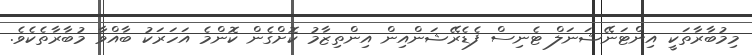
މިމުބާރާތަކީ އިންޓަނޭޝަނަލް ޓެނިސް ފެޑެރޭޝަންއިން އިންތިޒާމު ކޮށްގެން ކޮންމެ އަހަރަކު ބާއްވާ މުބާރާތެކެވެ.